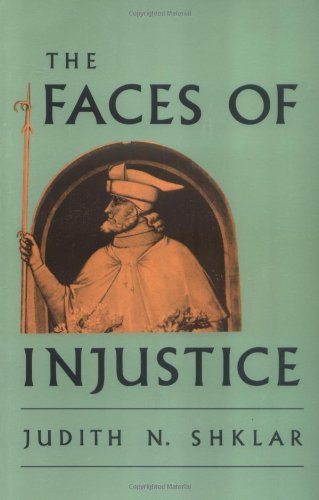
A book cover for The Faces of Injustice (The Storrs Lectures Series); Judith N. Shklar; Law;